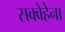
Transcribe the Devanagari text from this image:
सक्वेहेना